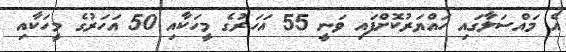
އެ މައްސަލާގައި ހައްޔަރުކޮށްފައި ވަނީ 55 އަހަރުގެ މީހަކާއި 50 އަހަރުގެ މީހަކާއި